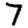
Digit: 7